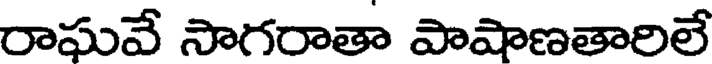
రాఘవే సాగరాతా పాషాణతారిలే